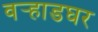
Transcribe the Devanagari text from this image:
वर्‍हाडघर